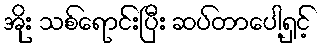
အိုး သစ်ရောင်းပြီး ဆပ်တာပေါ့ရှင့်